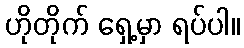
ဟိုတိုက် ရှေ့မှာ ရပ်ပါ။